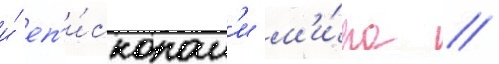
и́ еп'и́скопам'и м'и́ра //